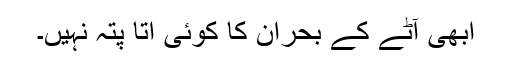
ابھی آٹے کے بحران کا کوئی اتا پتہ نہیں۔